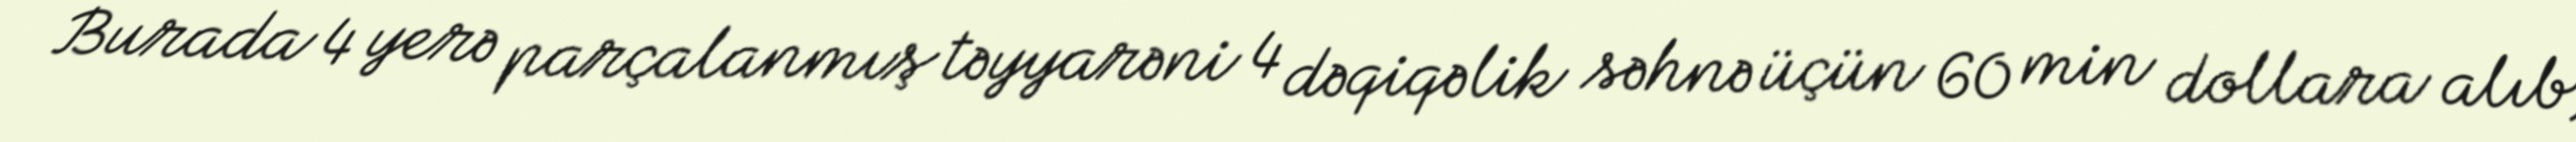
Burada 4 yerə parçalanmış təyyarəni 4 dəqiqəlik səhnə üçün 60 min dollara alıb,